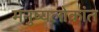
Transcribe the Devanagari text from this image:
मनुष्यलोकांत